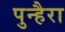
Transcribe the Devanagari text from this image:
पुन्हैरा